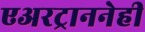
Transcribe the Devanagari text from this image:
एअरट्राननेही